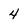
Character: 4